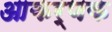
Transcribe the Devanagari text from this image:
आकर्णक